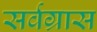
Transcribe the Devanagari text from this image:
सर्वग्रास